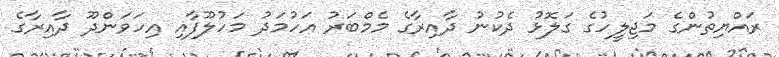
ރައްޔިތުންގެ މަޖިލީހުގެ ގަލޮޅު ދެކުނު ދާއިރާގެ މެމްބަރު އަހުމަދު މަހުލޫފާއި އިހަވަންދޫ ދާއިރާގެ